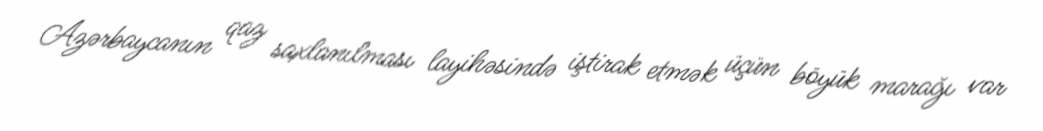
Azərbaycanın qaz saxlanılması layihəsində iştirak etmək üçün böyük marağı var